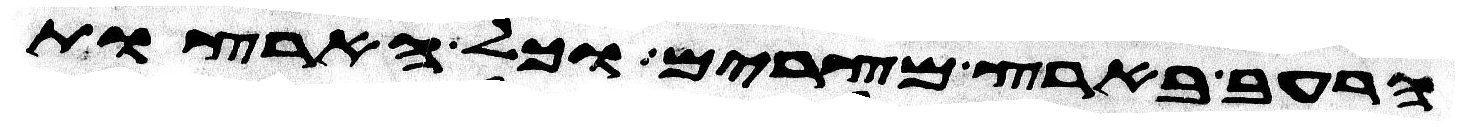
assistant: הרעב בארץ מצרים וכל הארצות